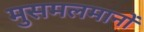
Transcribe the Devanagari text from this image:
मुसमलमानों